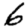
Digit: 6